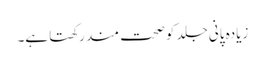
زیادہ پانی جلد کو صحت مند رکھتا ہے۔